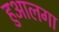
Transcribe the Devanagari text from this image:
हुआलगा